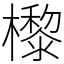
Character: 㰀